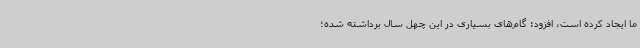
ما ایجاد کرده است، افزود: گام‌های بسیاری در این چهل سال برداشته شده؛